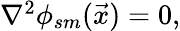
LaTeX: \begin{array}{r}{\nabla^{2}\phi_{sm}(\vec{x})=0,}\end{array}